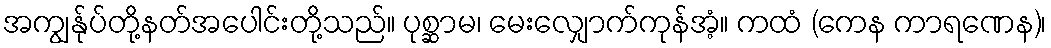
အကျွန်ုပ်တို့နတ်အပေါင်းတို့သည်။ ပုစ္ဆာမ၊ မေးလျှောက်ကုန်အံ့။ ကထံ (ကေန ကာရဏေန)၊